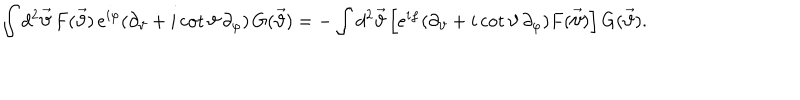
\int d ^ { 2 } \vec { \vartheta } \, F ( \vec { \vartheta } ) \, e ^ { i \varphi } ( \partial _ { \vartheta } + i \cot \vartheta \, \partial _ { \varphi } ) \, G ( \vec { \vartheta } ) = - \int d ^ { 2 } \vec { \vartheta } \left[ e ^ { i \varphi } ( \partial _ { \vartheta } + i \cot \vartheta \, \partial _ { \varphi } ) F ( \vec { \vartheta } ) \right] G ( \vec { \vartheta } ) .